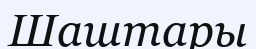
Шаштары